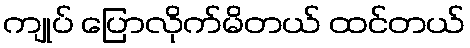
ကျုပ် ပြောလိုက်မိတယ် ထင်တယ်